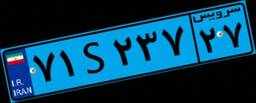
۷۱S۲۳۷۲۷